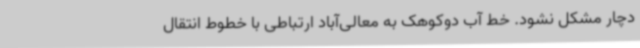
دچار مشکل نشود. خط آب دوکوهک به معالی‌آباد ارتباطی با خطوط انتقال